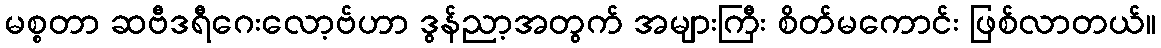
မစ္စတာ ဆဗီဒရီဂေးလော့ဗ်ဟာ ဒွန်ညာ့အတွက် အများကြီး စိတ်မကောင်း ဖြစ်လာတယ်။